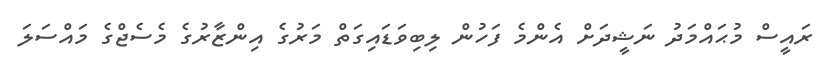
ރައީސް މުޙައްމަދު ނަޝީދަށް އެންމެ ފަހުން ލިބިވަޑައިގަތް މަރުގެ އިންޒާރުގެ މެސެޖްގެ މައްސަލަ